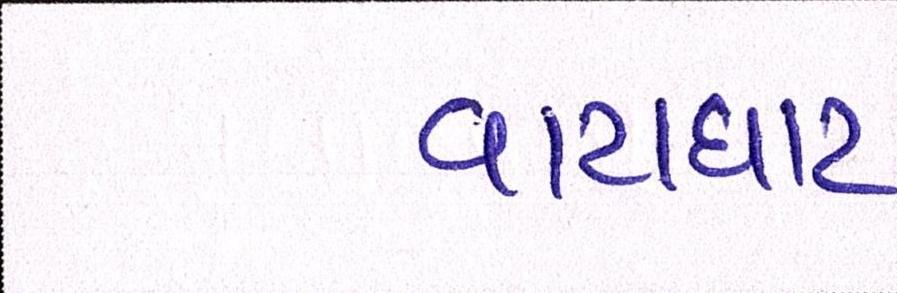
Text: વાટાઘાટ